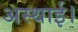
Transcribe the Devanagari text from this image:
अस्थाई।